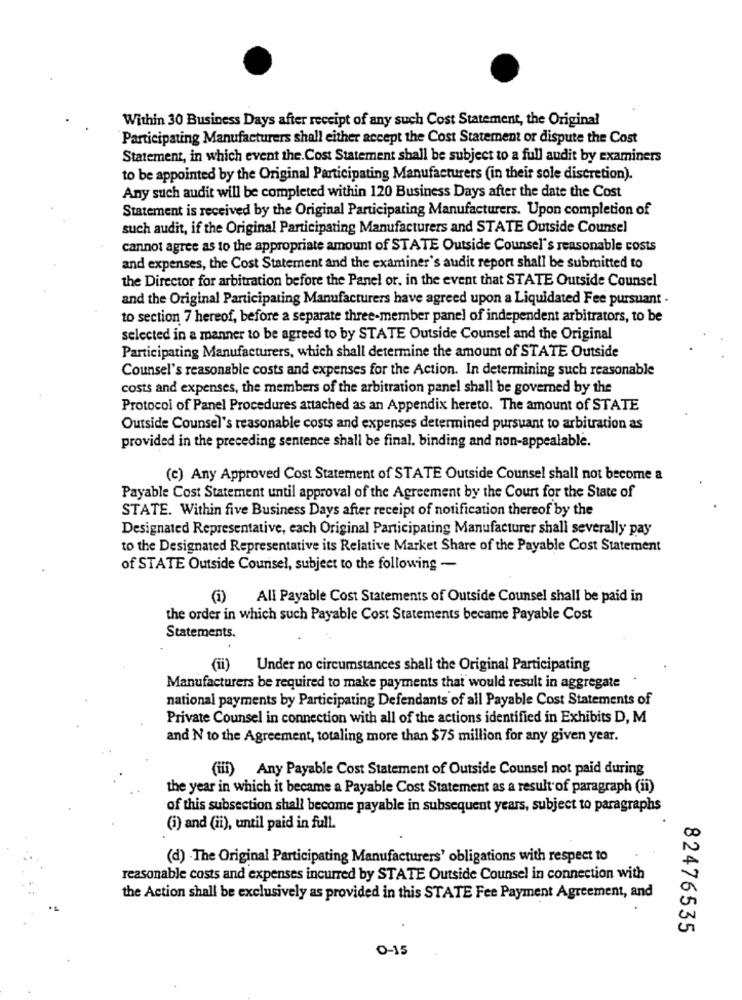
Within 30 Business Days after receipt of any such Cost Statement, the Original
Participating Manufacturers shall either accept the Cost Statement or dispute the Cost
Statement, in which event the. Cost Statement shall be subject to a full audit by examiners
to be appointed by the Original Participating Manufacturers (in their sole discretion).
Any such audit will be completed within 120 Business Days after the date the Cost
Statement is received by the Original Participating Manufacturers. Upon completion of
such audit, if the Original Participating Manufacturers and STATE Outside Counsel
cannot agree as to the appropriate amount of STATE Outside Counsel's reasonable costs
and expenses, the Cost Statement and the examiner's audit report shall be submitted to
the Director for arbitration before the Panel or, in the event that STATE Outside Counsel
and the Original Participating Manufacturers have agreed upon a Liquidated Fee pursuant -
to section 7 hereof, before a separate three-member panel of independent arbitrators, to be
selected in a manner to be agreed to by STATE Outside Counsel and the Original
Participating Manufacturers, which shall determine the amount of STATE Outside
Counsel's reasonable costs and expenses for the Action. In determining such reasonable
costs and expenses, the members of the arbitration panel shall be governed by the
Protocol of Panel Procedures attached as an Appendix hereto. The amount of STATE
Outside Counsel's reasonable costs and expenses determined pursuant to arbitration as
provided in the preceding sentence shall be final. binding and non-appealable.
(c) Any Approved Cost Statement of STATE Outside Counsel shall not become a
Payable Cost Statement until approval of the Agreement by the Count for the State of
STATE. Within five Business Days after receipt of notification thereof by the
Designated Representative, each Original Participating Manufacturer shall severally pay
to the Designated Representative its Relative Market Share of the Payable Cost Statement
of STATE Outside Counsel, subject to the following -
All Payable Cost Statements of Outside Counsel shall be paid in
the order in which such Payable Cost Statements became Payable Cost
Statements.
(ii)
Under no circumstances shall the Original Participating
Manufacturers be required to make payments that would result in aggregate
national payments by Participating Defendants of all Payable Cost Statements of
Private Counsel in connection with all of the actions identified in Exhibits D, M
and N to the Agreement, totaling more than $75 million for any given year.
(iii) Any Payable Cost Statement of Outside Counsel not paid during
the year in which it became a Payable Cost Statement as a result of paragraph (ii)
of this subsection shall become payable in subsequent years, subject to paragraphs
(i) and (ii), until paid in full.
(d) The Original Participating Manufacturers' obligations with respect to
reasonable costs and expenses incurred by STATE Outside Counsel in connection with
the Action shall be exclusively as provided in this STATE Fee Payment Agreement, and
82476535
0-15